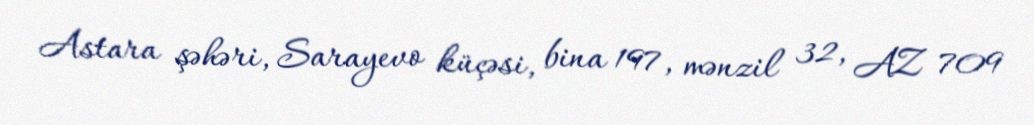
Astara şəhəri, Sarayevo küçəsi, bina 197, mənzil 32, AZ 709